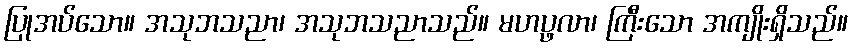
ပြုအပ်သော။ အသုဘသညာ၊ အသုဘသညာသည်။ မဟပ္ဖလာ၊ ကြီးသော အကျိုးရှိသည်။